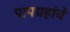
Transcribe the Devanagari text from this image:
पापग्रहांचे